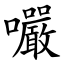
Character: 㘙